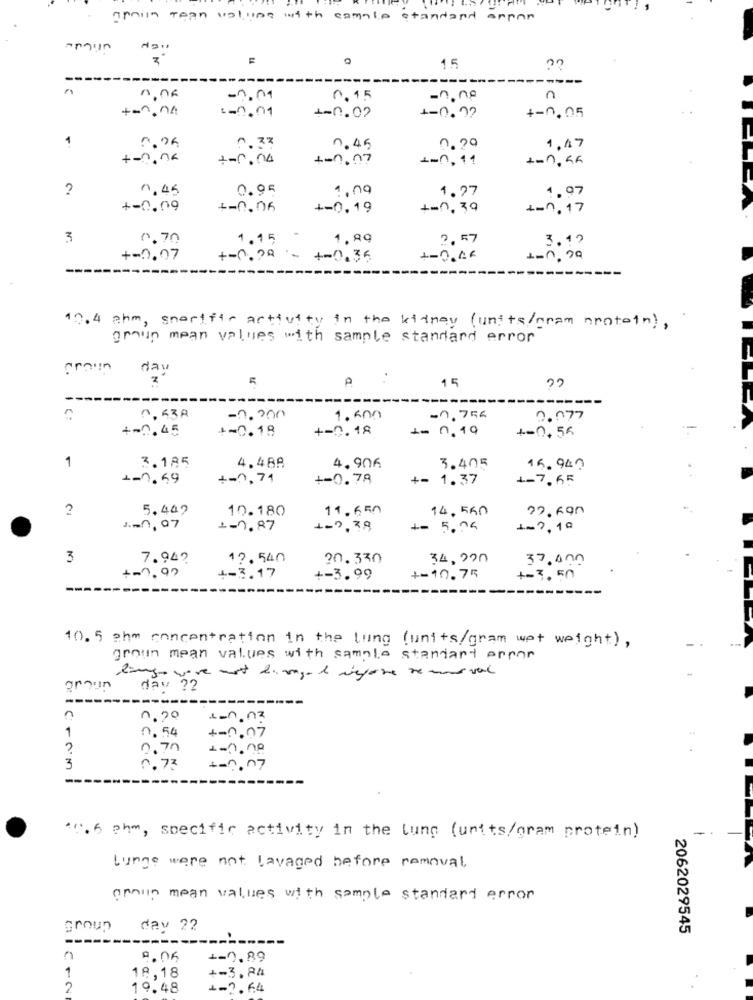
golin tean volume with compte standard arpan
15
c.
--
---
-0,01
0.15
-0,no
n
+-2.04
$=0.01
+-0.02
+-0. ??
+-0,05
1
0.26
0.33
0.45
0.20
1,47
+-0,04
1-0.04
+-0.07
1-0,11
+-1, 55
?
0.45
0.95
1,09
1.97
1.97
+-0.09
+-0.06
+-0.19
+-0, 39
+-0, 17
3
0.70
1.15
1,99
2,57
3.19
+-0.07
+-0.20 - +-0.36
+-0.46
---------
10.4 ahm, sportfir activity in the kidney (units/gram protein) ,
group mean values with sample standard error
dau
R
15
0.63A
-0,200
1.600
-0. 756
0.077
+-0.45
+-0.18
+-0.18
1- 0.19
+-0,56
3.185
1
4.488
4.906
3.405
16. 940
1-1.49
+-1,74
+-0.78
+= 1.37
1-7,65
2
5.447
10.180
11.650
14,560
1.00, 07
1-7.87
1-0,38
+= 5.04
1-7,10
3
7.94?
17.540
20.330
34,000
37.000
+-7, 99
+-3.17
+-3.99
+-10.75
+-3.50
-----
10. 5 phm concentration in the lung (units/gram wet weight) ,
grown mean values with sample standard error
day 22
-----
1.20
1-non3
1
0.54
+-0.07
0,70
1-0.00
3
0. 73
+-7. 07
14.6 phm, specific activity in the lung (units/gram protein)
Lunge were not lavaged before removal
amoun mean values with sample standard error
cinous
day 22
2062029545
+-0, 89
1
ICT
+-3.84
18,18
2
19.48
1.2 . 6.4